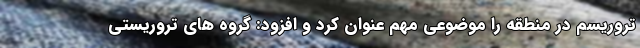
تروریسم در منطقه را موضوعی مهم عنوان کرد و افزود: گروه های تروریستی